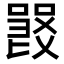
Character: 𠽽